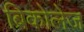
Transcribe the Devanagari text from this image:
ब्रिकोलेज